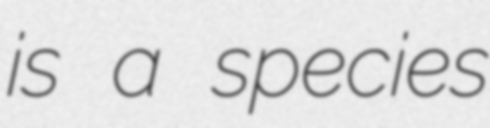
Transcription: is a species